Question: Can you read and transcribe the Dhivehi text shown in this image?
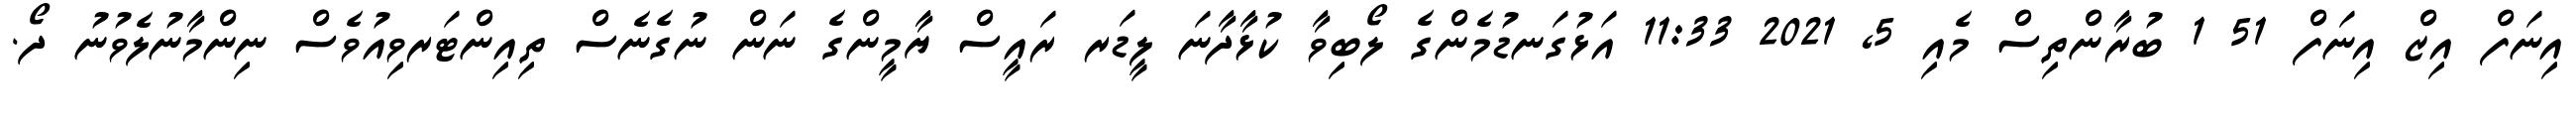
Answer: އިނަފް އިޒް އިނަފް 51 1 ބުރާންތިސް މެއި 5, 2021 11:33 އަޅުގަނޑުމެންގެ ލޯބިވާ ކުޅާދާނަ ލީޑަރ ރައީސް ޔާމީންގެ ނަން ނުގެނެސް ތިއިންޓަރވިއުވެސް ނިންމާނުލެވުނު ދޯ.